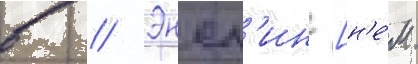
в // Энсл'ин [н'е́м.